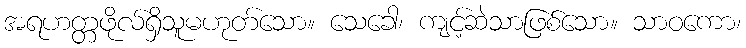
အရဟတ္တဖိုလ်ရှိသူမဟုတ်သော။ သေခေါ၊ ကျင့်ဆဲသာဖြစ်သော။ သာဝကော၊